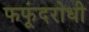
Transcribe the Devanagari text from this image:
फफूंदरोधी